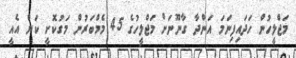
މަޖްލީހުން ހަދައިފިނަމަ އަންދާ ގާނޫނަށް މަޖްލީހުގެ 45 މެމްބަރުން މަގުކޮށީ ކަން އެއީ